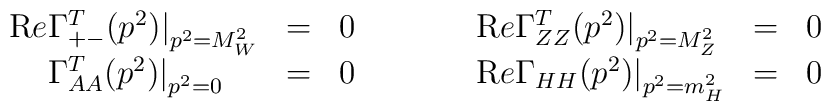
\begin{array}{lccclcc}{\mathrm Re} \Gamma^T_{+-} (p^2)\big|_{p^2  = M_W^2} & = & 0 &\qquad &{\mathrm Re} \Gamma^T_{ZZ} (p^2)\big|_{p^2  = M_Z^2} & =& 0 \\\phantom{\mathrm Re} \Gamma^T_{AA} (p^2)\big|_{p^2  = 0} & = & 0 &\qquad &{\mathrm Re} \Gamma_{HH} (p^2)\big|_{p^2  = m_H^2} &  = &  0\end{array}